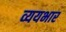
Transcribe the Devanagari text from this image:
व्ययभार